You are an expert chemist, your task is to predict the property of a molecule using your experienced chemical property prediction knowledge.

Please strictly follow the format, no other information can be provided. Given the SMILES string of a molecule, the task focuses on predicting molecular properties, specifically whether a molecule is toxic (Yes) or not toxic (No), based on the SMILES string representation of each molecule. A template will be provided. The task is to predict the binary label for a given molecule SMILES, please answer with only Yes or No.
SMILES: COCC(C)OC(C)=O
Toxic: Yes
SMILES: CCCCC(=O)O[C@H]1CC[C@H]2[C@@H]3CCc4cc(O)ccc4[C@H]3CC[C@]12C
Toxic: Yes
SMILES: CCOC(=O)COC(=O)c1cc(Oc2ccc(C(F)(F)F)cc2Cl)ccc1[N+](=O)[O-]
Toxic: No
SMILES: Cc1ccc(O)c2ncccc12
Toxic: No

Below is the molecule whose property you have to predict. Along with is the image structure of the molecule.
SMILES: COc1cccc(OC)c1C(=O)O
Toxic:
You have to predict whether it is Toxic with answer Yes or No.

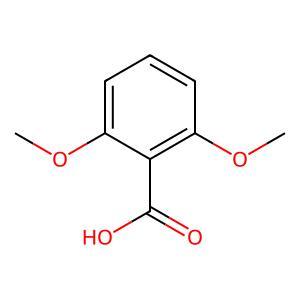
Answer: No